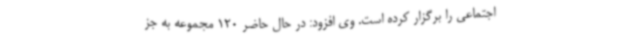
اجتماعی را برگزار کرده است. وی افزود: در حال حاضر 120 مجموعه به جز